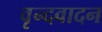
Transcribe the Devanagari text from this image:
वृन्दवादन